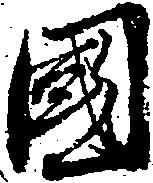
国